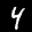
Label: 4